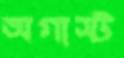
অগাস্ট